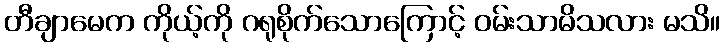
တီချာမေက ကိုယ့်ကို ဂရုစိုက်သောကြောင့် ဝမ်းသာမိသလား မသိ။